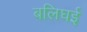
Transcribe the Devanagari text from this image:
बलिघई